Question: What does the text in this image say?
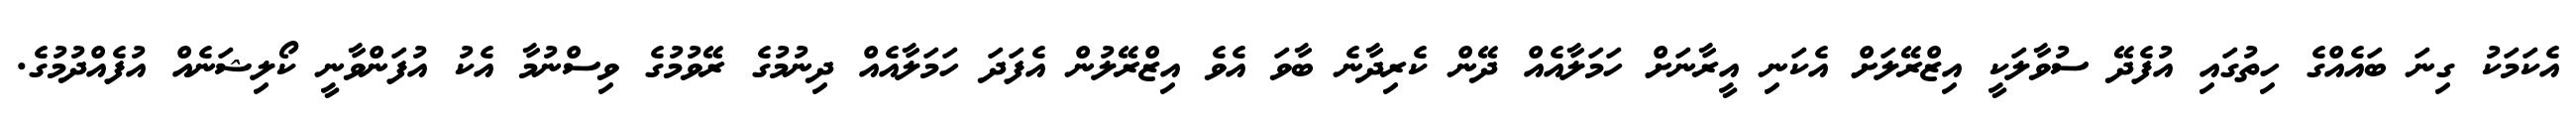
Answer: އެކަމަކު ގިނަ ބައެއްގެ ހިތުގައި އުފެދޭ ސުވާލަކީ އިޒްރޭލަށް އެކަނި އީރާނަށް ހަމަލާއެއް ދޭން ކެރިދާނެ ބާވަ އެވެ އިޒްރޭލުން އެފަދަ ހަމަލާއެއް ދިނުމުގެ ރޭވުމުގެ ވިސްނުމާ އެކު އުފަންވާނީ ކޯލިޝަނެއް އުފެއްދުމުގެ.